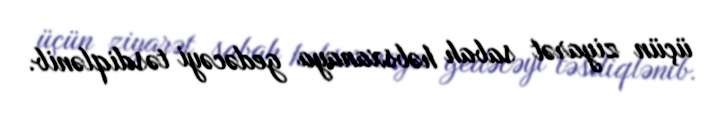
üçün ziyarət sabah həbsxanaya gedəcəyi təsdiqlənib.